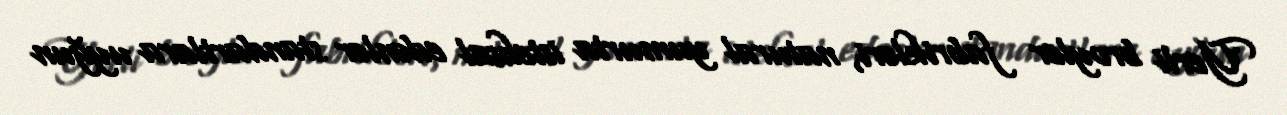
Yerli broyler fabrikləri, natural yumurta istehsal edənlər standartlara uyğun